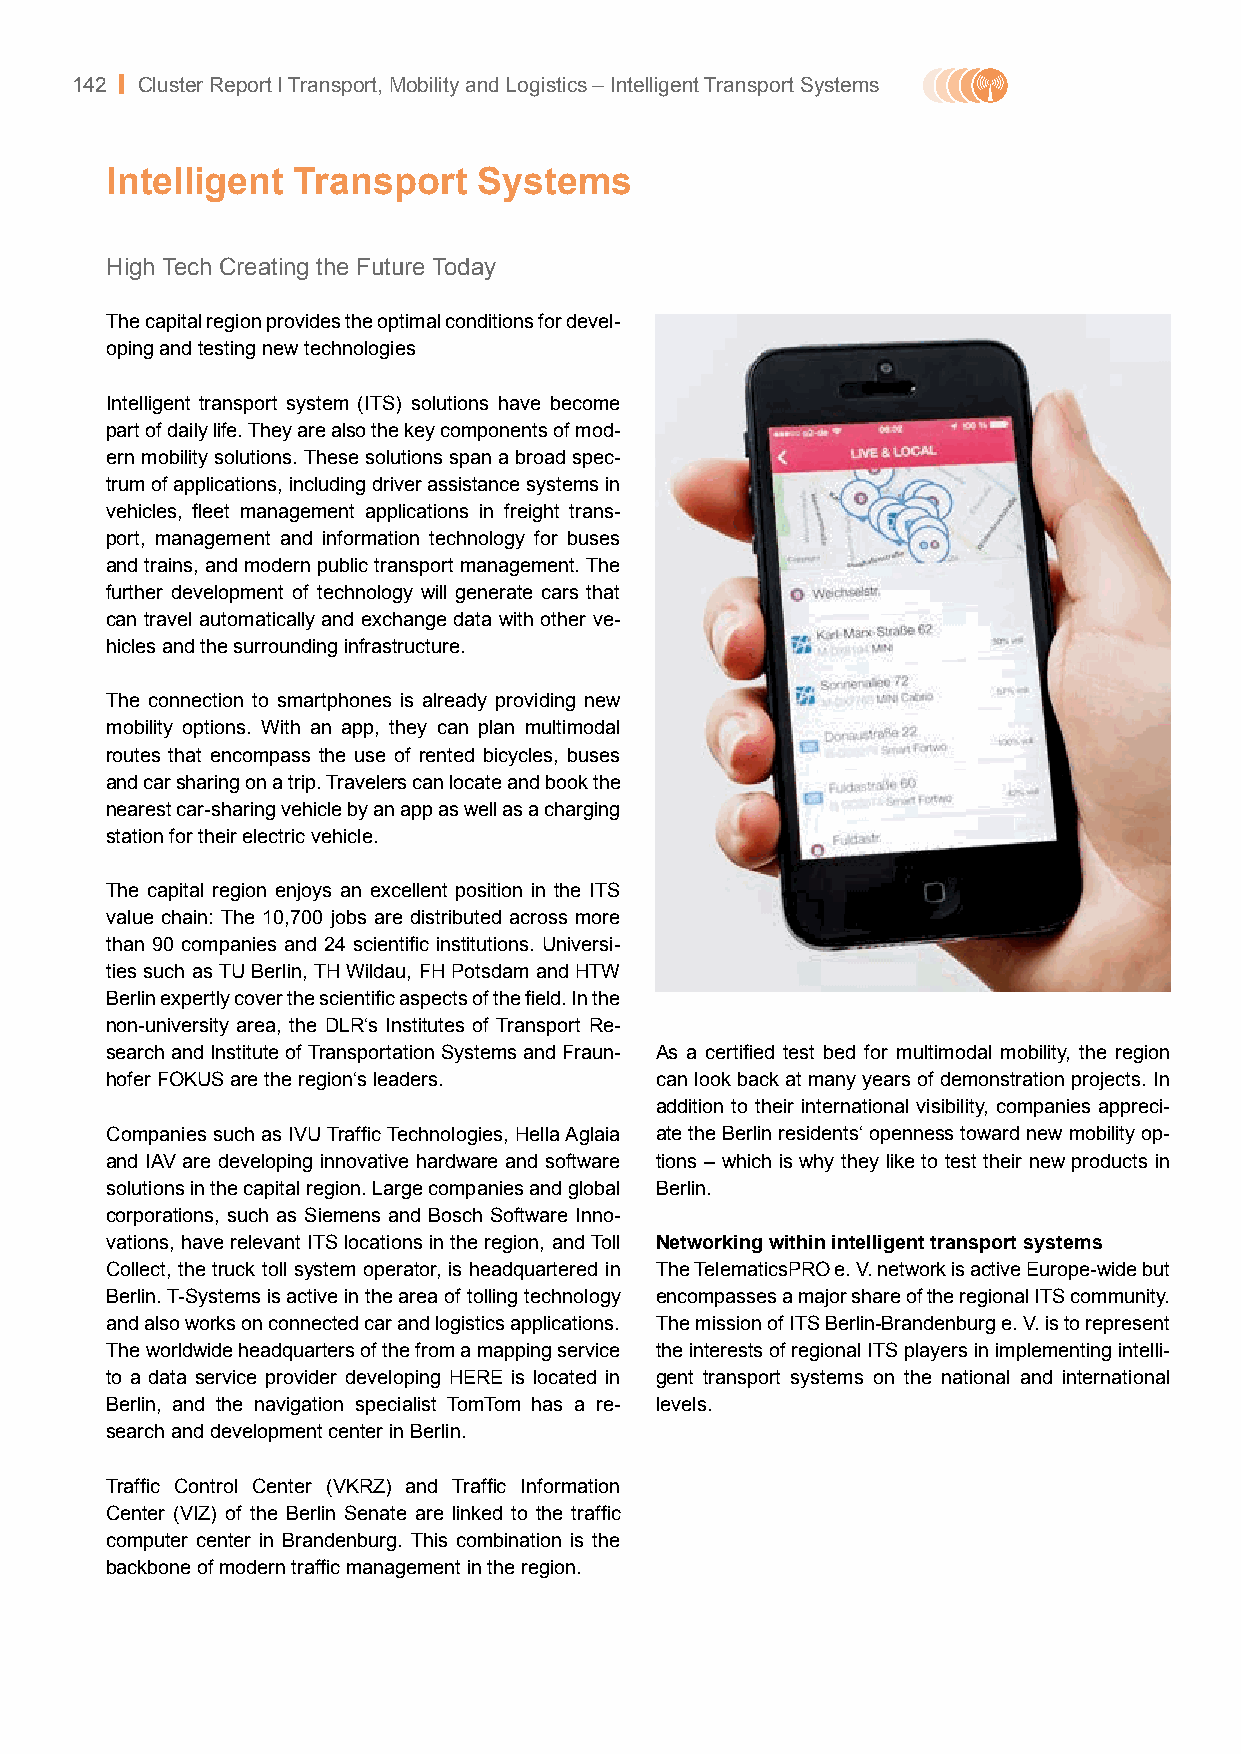
142 | Cluster Report I Transport, Mobility and Logistics – Intelligent Transport Systems
 Intelligent Transport    Systems
 High Tech Creating the Future Today
 The capital region provides the optimal conditions for devel-
 oping and testing new technologies
 Intelligent transport system (ITS) solutions have become
 part of daily life. They are also the key components of mod-
 ern mobility solutions. These solutions span a broad spec-
 trum of applications, including driver assistance systems in
 vehicles, fleet management applications in freight trans-
 port, management and information technology for buses
 and trains, and modern public transport management. The
 further development of technology will generate cars that
 can travel automatically and exchange data with other ve-
 hicles and the surrounding infrastructure.
 The connection to smartphones is already providing new
 mobility options. With an app, they can plan multimodal
 routes that encompass the use of rented bicycles, buses
 and car sharing on a trip. Travelers can locate and book the
 nearest car-sharing vehicle by an app as well as a charging
 station for their electric vehicle.
 The capital region enjoys an excellent position in the ITS
 value chain: The 10,700 jobs are distributed across more
 than 90 companies and 24 scientific institutions. Universi-
 ties such as TU Berlin, TH Wildau, FH Potsdam and HTW
 Berlin expertly cover the scientific aspects of the field. In the
 non-university area, the DLR‘s Institutes of Transport Re-
 search and Institute of Transportation Systems and Fraun- As a certified test bed for multimodal mobility, the region
 hofer FOKUS are the region‘s leaders. can look back at many years of demonstration projects. In
 addition to their international visibility, companies appreci-
 Companies such as IVU Traffic Technologies, Hella Aglaia ate the Berlin residents‘ openness toward new mobility op-
 and IAV are developing innovative hardware and software tions – which is why they like to test their new products in
 solutions in the capital region. Large companies and global Berlin.
 corporations, such as Siemens and Bosch Software Inno-
 vations, have relevant ITS locations in the region, and Toll Networking within intelligent transport systems
 Collect, the truck toll system operator, is headquartered in The TelematicsPRO e. V. network is active Europe-wide but
 Berlin. T-Systems is active in the area of tolling technology encompasses a major share of the regional ITS community.
 and also works on connected car and logistics applications. The mission of ITS Berlin-Brandenburg e. V. is to represent
 The worldwide headquarters of the from a mapping service the interests of regional ITS players in implementing intelli-
 to a data service provider developing HERE is located in gent transport systems on the national and international
 Berlin, and the navigation specialist TomTom has a re- levels.
 search and development center in Berlin.
 Traffic Control Center (VKRZ) and Traffic Information
 Center (VIZ) of the Berlin Senate are linked to the traffic
 computer center in Brandenburg. This combination is the
 backbone of modern traffic management in the region.